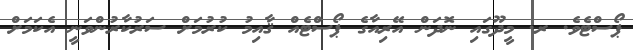
ޕޯސްޓެވެ. ރ. މީދޫގައި ނޮދަން އޭރިއާގެ ޕޯސްޓެއް ޤާއިމު ކުރުމަށް ސަރުކާރުންވަނީ އެކަމަށް